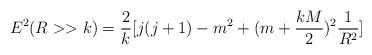
LaTeX: \begin{align*}E^2(R>>k)=\frac{2}{k}[j(j+1)-m^2+(m+\frac{kM}{2})^2\frac{1}{R^2}]\end{align*}